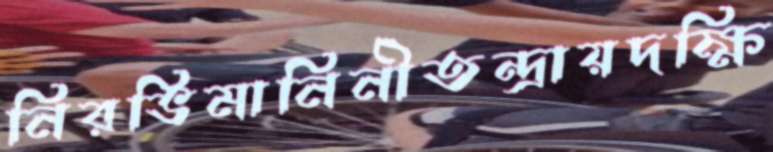
নিরভিমানিনীতন্দ্রায়দক্ষি